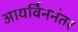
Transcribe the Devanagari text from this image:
आयर्विननंतर